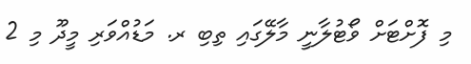
މި ފޮށްޓަށް ވޯޓުލާނީ މާލޭގައި ތިބި ރ. މަޑުއްވަރި މީދޫ މި 2